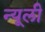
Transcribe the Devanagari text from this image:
न्यूली